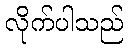
လိုက်ပါသည်